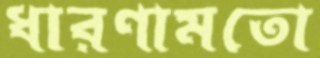
ধারণামতো